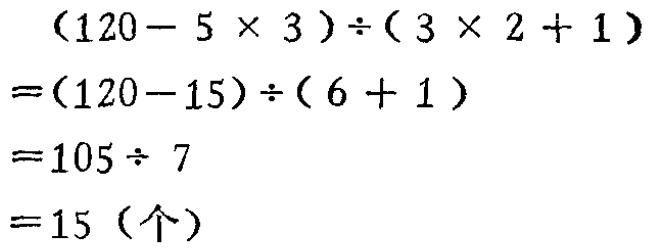
\[
\begin{align*}
&(120 - 5\times3)\div(3\times2 + 1)\\
=&(120 - 15)\div(6 + 1)\\
=&105\div7\\
=&15 (\text{个})
\end{align*}
\]